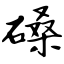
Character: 磉